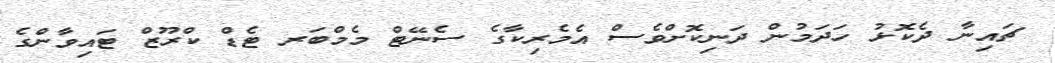
ޗައިނާ ދެކޮޅު ހަދަމުން ދަނިކޮށްވެސް އެމެރިކާގެ ސެނޭޓް މެމްބަރ ޓެޑް ކްރޫޒް ޓައިވާންގެ